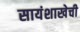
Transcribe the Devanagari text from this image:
सायंशाखेची